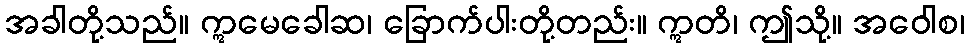
အခါတို့သည်။ ဣမေခေါဆ၊ ခြောက်ပါးတို့တည်း။ ဣတိ၊ ဤသို့။ အဝေါစ၊